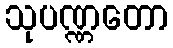
သုပဏ္ဏတော